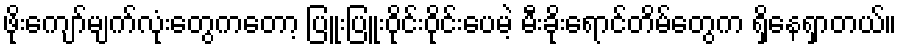
ဖိုးကျော်မျက်လုံးတွေကတော့ ပြူးပြူးဝိုင်းဝိုင်းပေမဲ့ မီးခိုးရောင်တိမ်တွေက ရှိနေရှာတယ်။